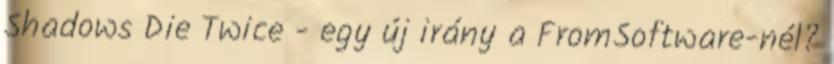
Shadows Die Twice - egy új irány a FromSoftware-nél?